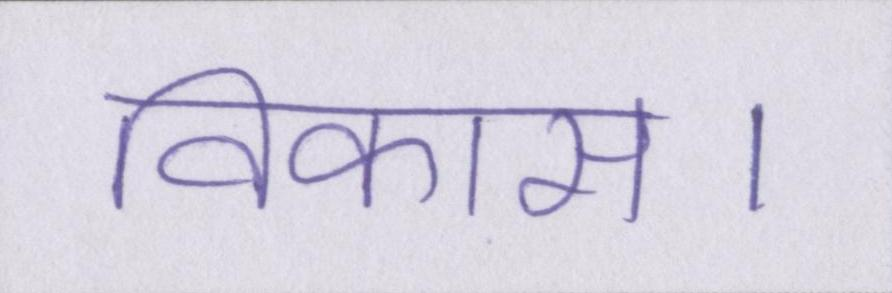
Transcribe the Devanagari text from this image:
विकास।